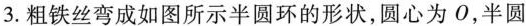
3.粗铁丝弯成如图所示半圆环的形状，圆心为0，半圆